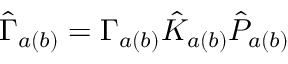
\hat { \Gamma } _ { a ( b ) } = \Gamma _ { a ( b ) } \hat { K } _ { a ( b ) } \hat { P } _ { a ( b ) }